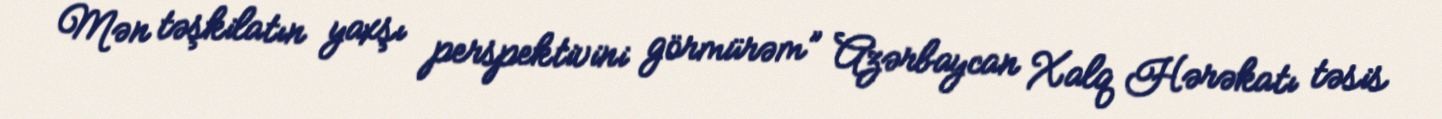
Mən təşkilatın yaxşı perspektivini görmürəm” Azərbaycan Xalq Hərəkatı təsis